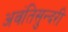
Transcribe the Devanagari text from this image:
अवंतिसुन्दरी